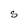
Character: S